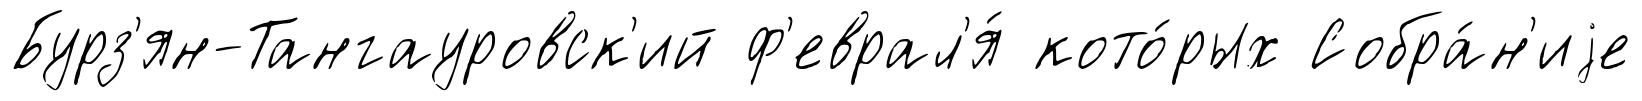
Бурз'ян-Тангауровск'ий ф'еврал'я́ кото́рых Собра́н'иjе